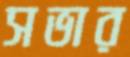
সভার